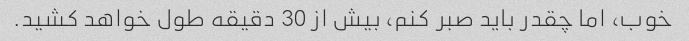
خوب، اما چقدر باید صبر کنم، بیش از 30 دقیقه طول خواهد کشید.